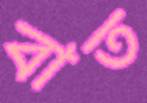
বাত